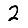
Digit: 2